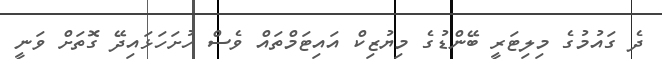
ދެ ގައުމުގެ މިލިޓަރީ ބޭންޑުގެ މިޔުޒިކް އައިޓަމްތައް ވެސް ހުށަހަޅައިދޭ ގޮތަށް ވަނީ